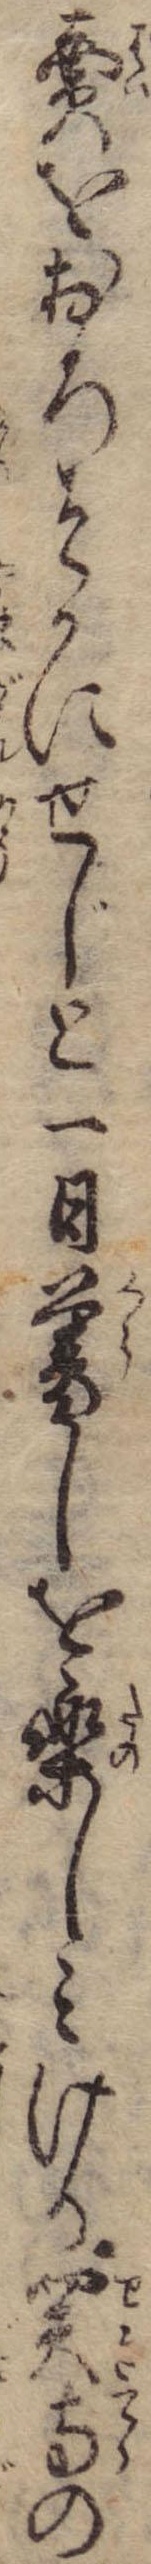
売をおろそかにせじと一日暮しを楽しみける関寺の